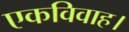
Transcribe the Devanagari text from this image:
एकविवाह।